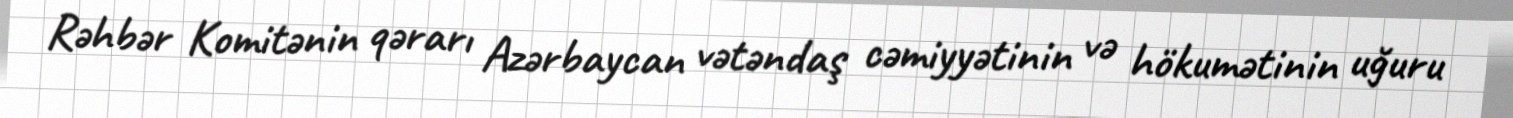
Rəhbər Komitənin qərarı Azərbaycan vətəndaş cəmiyyətinin və hökumətinin uğuru